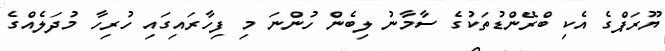
ޔޫރަޕްގެ އެކި ބްރޭންޑުތަކުގެ ސާމާނު ލިބެން ހުންނަ މި ފިހާރައިގައި ހުރިހާ މުދަލެއްގެ